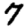
Digit: 7